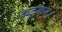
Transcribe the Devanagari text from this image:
कठूमर।